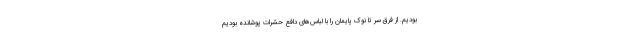
بودیم. از فرق سر تا نوک پایمان را با لباس‌های دافع حشرات پوشانده بودیم